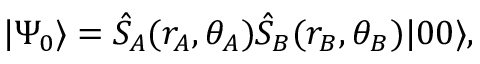
\vert \Psi _ { 0 } \rangle = \hat { S } _ { A } ( r _ { A } , \theta _ { A } ) \hat { S } _ { B } ( r _ { B } , \theta _ { B } ) \vert 0 0 \rangle ,